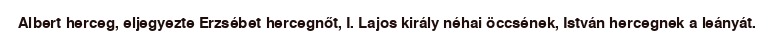
Albert herceg, eljegyezte Erzsébet hercegnőt, I. Lajos király néhai öccsének, István hercegnek a leányát.